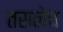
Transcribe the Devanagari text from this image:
तसलेच